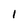
Character: 1